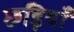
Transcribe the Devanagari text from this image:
छड़ियाँ